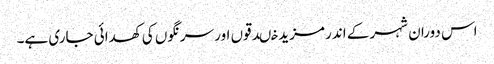
اس دوران شہر کے اندر مزید خںدقوں اور سرنگوں کی کھدائی جاری ہے۔